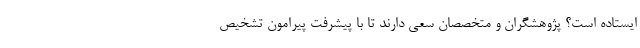
ایستاده است؟ پژوهشگران و متخصصان سعی دارند تا با پیشرفت‌ پیرامون تشخیص